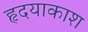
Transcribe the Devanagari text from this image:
हृदयाकाश